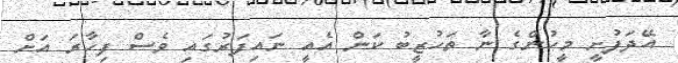
އޭދަފުށީ މީހުންގެ ނާ ތަހުޒީބު ކަން އެއީ ނައިފަރުގައި ވެސް ފިހާރަ އަށް